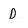
Character: D